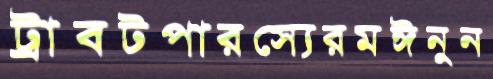
ট্রাবটপারস্যেরমঈনুন